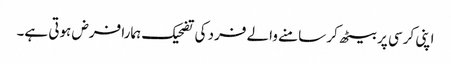
اپنی کرسی پر بیٹھ کر سامنے والے فرد کی تضحیک ہمارا فرض ہوتی ہے۔